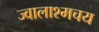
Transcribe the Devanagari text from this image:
ज्वालाश्मचय